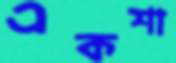
একশা